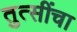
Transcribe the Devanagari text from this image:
तुत्‍सींचा